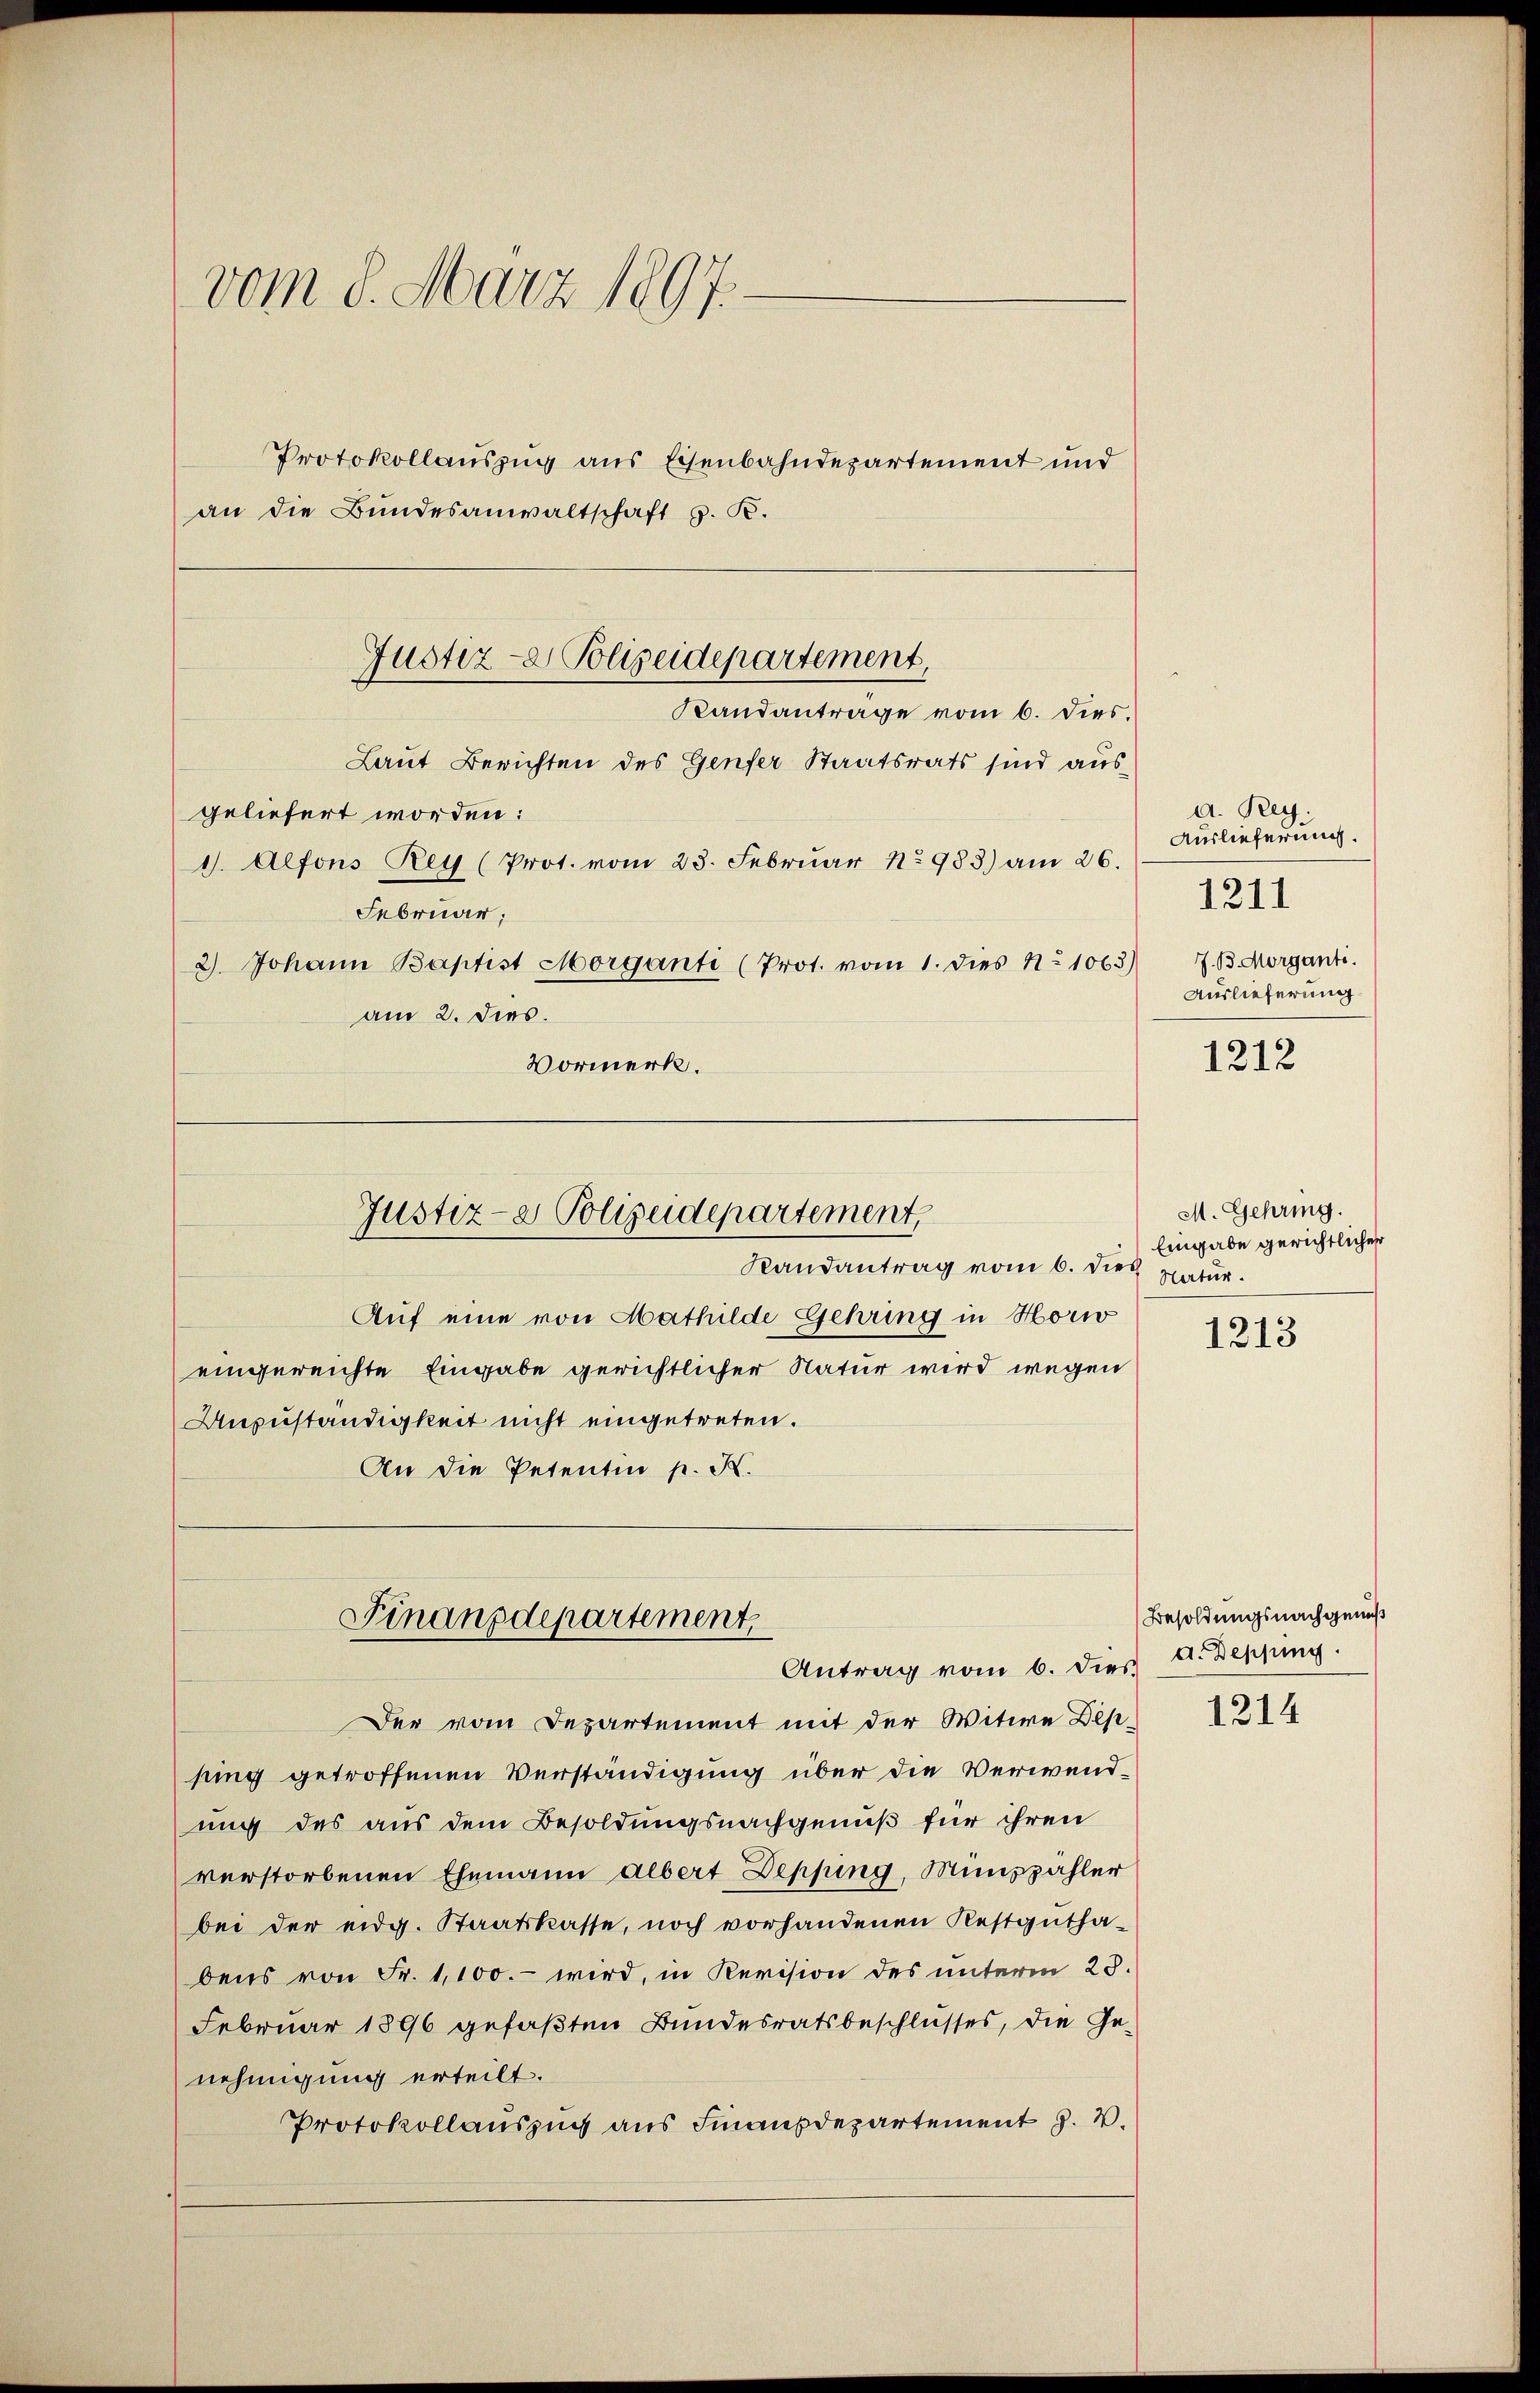
vom 8. März 1897.
Protokollauszug aus Eisenbahndepartement und
an die Bundesanwaltschaft z. B.

Laut Berichten des Genfer Staatsrats sind ausgeliefert worden:
I. Alfons Rey (Prot. vom 23. Februar 1983) am 26.
Februar:
2) Johann Baptist Morganti (Prot. vom 1. dies No 1063)
am 2. dies.
Vormerk.

Justiz- & Polizeidepartement,
Randantrage vom 6. dies.

Justiz- & Polizeidepartement,

Randantrag vom 6. dies
Auf eine von Mathilde Gehring in Horw
eingereichte Eingabe gerichtlicher Natur wird wegen
Anzuständigkeit nicht eingetreten.
An die Petentin p. K.

Finanzdepartement,
Antrag vom 6. die

Der vom Departement mit der Witwe Des-
king getroffenen Verständigung über die Verwendung des aus dem Besoldungsnachgenuß für ihren
verstorbenen Ehemann albert Depfing, Minszahler
bei der eidg. Staatskasse, noch vorhandenen Restgutha-
bens von Fr. 1,100.- wird, in Revision des unterm 25.
Februar 1896 gefaßten Bundesratsbeschlusses, die Ge-
nehmigung erteilt.
Protokollauszug aus Finanzdepartement J. V.

d. Reg.
Auslieferung.
1211
J. B. Morganti.
Auslieferung.

1212

M. Gehring.
Eingabe gerichtlicher
Natur.

1213

Besoldungsnachgemeß
 A. Depping

1214